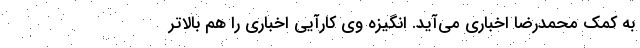
به کمک محمدرضا اخباری می‌آید. انگیزه وی کارآیی اخباری را هم بالاتر